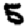
Digit: 5